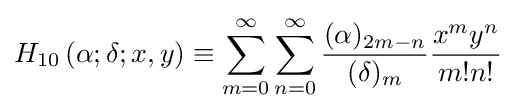
H_{10}\left(\alpha ;\delta ;x,y\right)\equiv \sum _{m=0}^{\infty }\sum _{n=0}^{\infty }{\frac {(\alpha )_{2m-n}}{(\delta )_{m}}}{\frac {x^{m}y^{n}}{m!n!}}